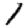
Digit: 1